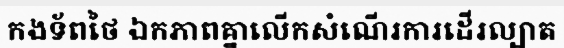
កងទ័ពថៃ ឯកភាពគ្នាលើកសំណើរការដើរល្បាត